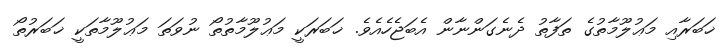
ޚަބަރާއި މަޢުލޫމާތުގެ ތަފާތު ދެނެގަންނާން އެބަޖެހެއެވެ. ޚަބަރަކީ މަޢުލޫމާތުތޯ ނުވަތަ މަޢުލޫމާތަކީ ޚަބަރުތޯ